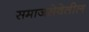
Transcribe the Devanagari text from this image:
समाजसेवेतील